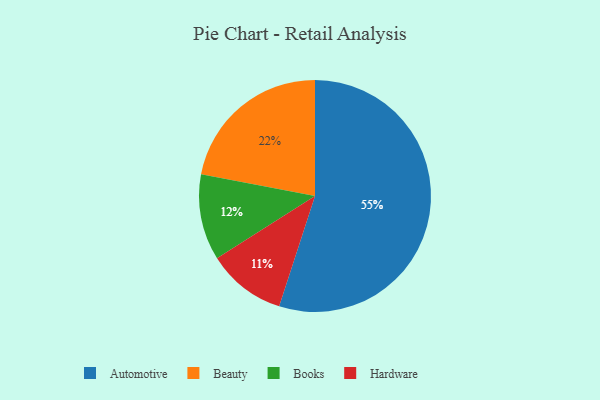
{"axis": {"x": "Category", "y": "Percentage"}, "legend": ["Automotive", "Beauty", "Books", "Hardware"], "data": [{"x": "Hardware", "y": 11, "type": "Hardware"}, {"x": "Automotive", "y": 55, "type": "Automotive"}, {"x": "Beauty", "y": 22, "type": "Beauty"}, {"x": "Books", "y": 12, "type": "Books"}]}